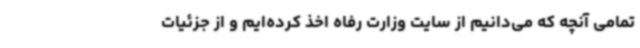
تمامی آنچه که می‌دانیم از سایت وزارت رفاه اخذ کرده‌ایم و از جزئیات